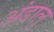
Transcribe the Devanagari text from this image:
अंडालु